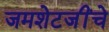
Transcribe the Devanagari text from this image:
जमशेटजींचे